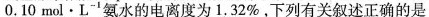
0.10mol·L^{-1}氨水的电离度为1.32\%，下列有关叙述正确的是